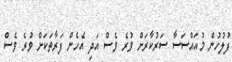
ފުލުހުން މުއައްސަސާ ސަރުކާރަށް ވުރެ ވެސް އަދި އެހެން ފަރާތަކަށް ވުރެ ވެސް